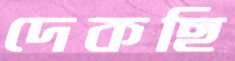
দেকছি